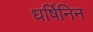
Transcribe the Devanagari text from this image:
धर्षिनिन